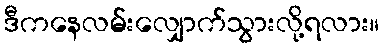
ဒီကနေလမ်းလျှောက်သွားလို့ရလား။